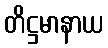
တိဋ္ဌမာနာယ